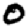
Digit: 0